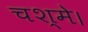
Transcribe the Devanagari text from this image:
चश्मे।